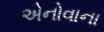
એનોવાના